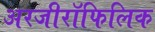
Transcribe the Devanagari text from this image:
अरजीरॉफिलिक